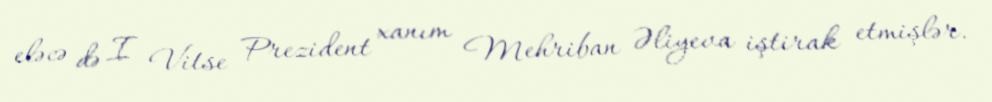
eləcə də I Vitse Prezident xanım Mehriban Əliyeva iştirak etmişlər.